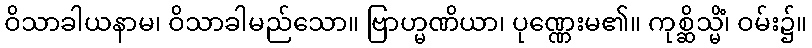
ဝိသာခါယနာမ၊ ဝိသာခါမည်သော။ ဗြာဟ္မဏိယာ၊ ပုဏ္ဏေးမ၏။ ကုစ္ဆိသ္မိံ၊ ဝမ်း၌။